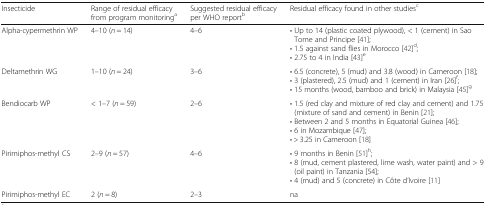
<table><thead><tr><td><b>Insecticide</b></td><td><b>Range of residual efficacy from program monitoring<sup>a</sup></b></td><td><b>Suggested residual efficacy per WHO report<sup>b</sup></b></td><td><b>Residual efficacy found in other studies<sup>c</sup></b></td></tr></thead><tbody><tr><td>Alpha-cypermethrin WP</td><td>4–10 (<i>n</i> = 14)</td><td>4–6</td><td>• Up to 14 (plastic coated plywood), &lt; 1 (cement) in Sao Tome and Principe [41];• 1.5 against sand flies in Morocco [42]<sup>d</sup>;• 2.75 to 4 in India [43]<sup>e</sup></td></tr><tr><td>Deltamethrin WG</td><td>1–10 (<i>n</i> = 24)</td><td>3–6</td><td>• 6.5 (concrete), 5 (mud) and 3.8 (wood) in Cameroon [18];• 3 (plastered), 2.5 (mud) and 1 (cement) in Iran [26]<sup>f</sup>;• 15 months (wood, bamboo and brick) in Malaysia [45]<sup>g</sup></td></tr><tr><td>Bendiocarb WP</td><td>&lt; 1–7 (<i>n</i> = 59)</td><td>2–6</td><td>• 1.5 (red clay and mixture of red clay and cement) and 1.75 (mixture of sand and cement) in Benin [21];• Between 2 and 5 months in Equatorial Guinea [46];• 6 in Mozambique [47];• &gt; 3.25 in Cameroon [18]</td></tr><tr><td>Pirimiphos-methyl CS</td><td>2–9 (<i>n</i> = 57)</td><td>4–6</td><td>• 9 months in Benin [51]<sup>h</sup>;• 8 (mud, cement plastered, lime wash, water paint) and &gt; 9 (oil paint) in Tanzania [54];• 4 (mud) and 5 (concrete) in Côte d’Ivoire [11]</td></tr><tr><td>Pirimiphos-methyl EC</td><td>2 (<i>n</i> = 8)</td><td>2–3</td><td>na</td></tr></tbody></table>